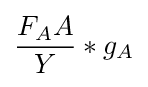
{\frac {F_{A}A}{Y}}*g_{A}